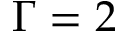
\Gamma = 2